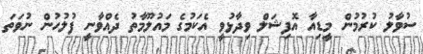
ސުވާލު ކުރުމުން މީޑިއާ އޮފިޝަލް ވިދާޅުވީ އެކަމުގެ މައުލޫމާތު ދެއްވާނީ ފުލުހުން ނުވަތަ